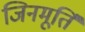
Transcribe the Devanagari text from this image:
जिनमूर्ति